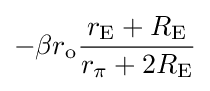
-\beta r_{\mathrm {o} }{\frac {r_{\mathrm {E} }+R_{\mathrm {E} }}{r_{\pi }+2R_{\mathrm {E} }}}